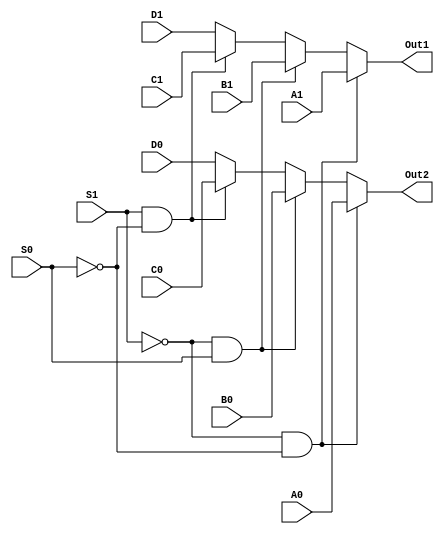

module Mux_4x1_2bit_beh(A1, A0, B1, B0,C1,C0,D1,D0,S1,S0,Out1,Out2);
    input A1,A0;
    input B1,B0;
    input C1,C0;
    input D1,D0;
    input S1,S0;
    output Out1,Out2;
    reg Out1,Out2;

    always @*
    begin
        if(S1==0&&S0==0)
        begin
            Out1<=A1; Out2<=A0;
        end
        else if(S1==0&&S0==1)
        begin
            Out1<=B1; Out2<=B0;
        end
        else if(S1==1&&S0==0)
        begin
            Out1<=C1; Out2<=C0;
        end
        else
        begin
            Out1<=D1; Out2<=D0;
        end
    end
endmodule